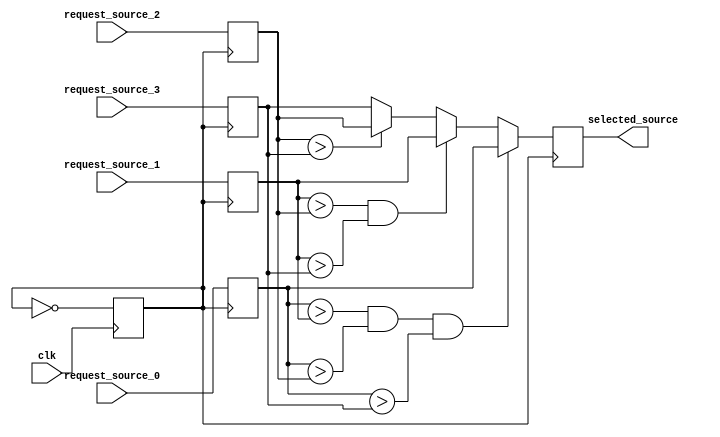
module Weighted_Arbiter (
    input clk,
    input [7:0] request_source_0,
    input [7:0] request_source_1,
    input [7:0] request_source_2,
    input [7:0] request_source_3,
    output reg [7:0] selected_source
);

// Timing control module
reg clk_out;
reg [1:0] timing_signal;
reg control_signal;

always @ (posedge clk) begin
    // Generate clock signals
    clk_out <= ~clk_out;
    
    // Generate timing signals
    timing_signal <= timing_signal + 1;
    
    // Generate control signals
    if (timing_signal == 2'b00) begin
        control_signal <= 1'b1;
    end else begin
        control_signal <= 1'b0;
    end
end

// Synchronization block
reg [7:0] synchronized_request_source_0;
reg [7:0] synchronized_request_source_1;
reg [7:0] synchronized_request_source_2;
reg [7:0] synchronized_request_source_3;

always @ (posedge clk_out) begin
    // Synchronize input requests
    synchronized_request_source_0 <= request_source_0;
    synchronized_request_source_1 <= request_source_1;
    synchronized_request_source_2 <= request_source_2;
    synchronized_request_source_3 <= request_source_3;
    
    // Detect and resolve conflicts based on weighted priority
    if (synchronized_request_source_0 > synchronized_request_source_1 &&
        synchronized_request_source_0 > synchronized_request_source_2 &&
        synchronized_request_source_0 > synchronized_request_source_3) begin
            selected_source <= synchronized_request_source_0;
        end else if (synchronized_request_source_1 > synchronized_request_source_2 &&
        synchronized_request_source_1 > synchronized_request_source_3) begin
            selected_source <= synchronized_request_source_1;
        end else if (synchronized_request_source_2 > synchronized_request_source_3) begin
            selected_source <= synchronized_request_source_2;
        end else begin
            selected_source <= synchronized_request_source_3;
        end
end

endmodule